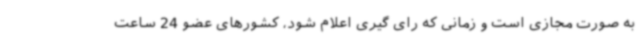
به صورت مجازی است و زمانی که رای گیری اعلام شود، کشورهای عضو 24 ساعت